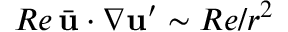
R e \, \bar { \mathbf { u } } \cdot \nabla \mathbf { u } ^ { \prime } \sim R e / r ^ { 2 }